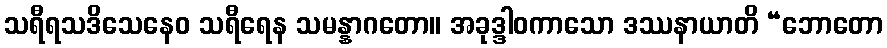
သရီရသဒိသေနေဝ သရီရေန သမန္နာဂတော။ အခုဒ္ဒါဝကာသော ဒဿနာယာတိ “ဘောတော